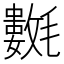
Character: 𣰟